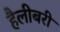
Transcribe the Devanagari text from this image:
हैलीबरी